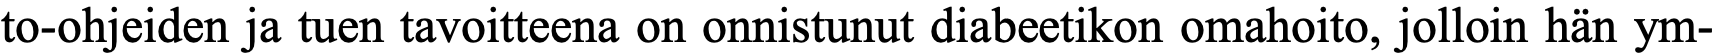
to-ohjeiden ja tuen tavoitteena on onnistunut diabeetikon omahoito, jolloin hän ym-